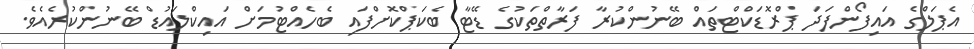
އެޕަލްގެ އައިފޯންފަދަ ޕްރޮޑަކްޓްތައް ބޭނުންކުރާ ފަރާތްތަކުގެ ޑޭޓާ ބެކަޕްކޮށްފައި ބެހެއްޓުމަށް އައިކްލައުޑް ބޭނުންކުރެއެވެ.